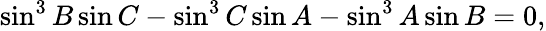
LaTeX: \sin^{3}B\sin C-\sin^{3}C\sin A-\sin^{3}A\sin B=0,